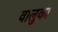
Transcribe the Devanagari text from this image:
वालुका